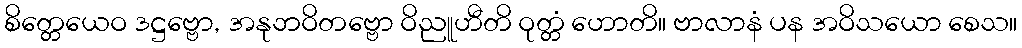
စိတ္တေယေဝ ဒဋ္ဌဗ္ဗော, အနုဘဝိတဗ္ဗော ဝိညူဟီတိ ဝုတ္တံ ဟောတိ။ ဗာလာနံ ပန အဝိသယော စေသ။